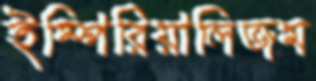
ইম্পিরিয়ালিজম